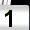
Digit: 1